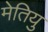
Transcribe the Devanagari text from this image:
मेतियु